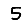
Digit: 5